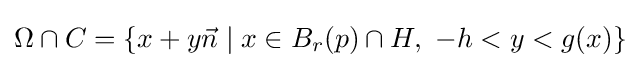
\Omega \cap C=\left\{x+y{\vec {n}}\mid x\in B_{r}(p)\cap H,\ -h<y<g(x)\right\}